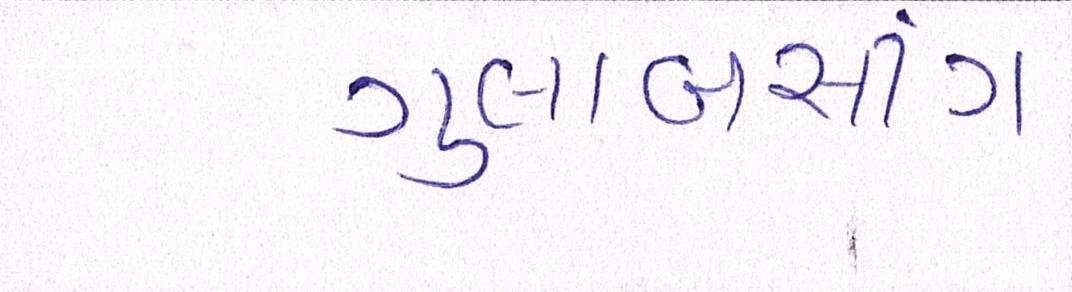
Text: ગુલાબસીંગ